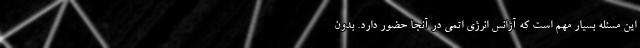
این مسئله بسیار مهم است که آژانس انرژی اتمی در آنجا حضور دارد. بدون